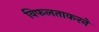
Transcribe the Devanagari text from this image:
विफलताकरने